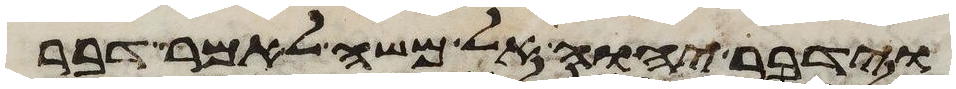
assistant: וידבר יהוה אל משה לאמר דבר